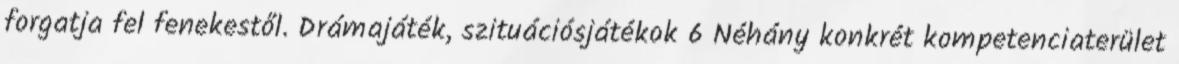
forgatja fel fenekestől. Drámajáték, szituációsjátékok 6 Néhány konkrét kompetenciaterület